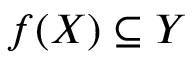
f ( X ) \subseteq Y